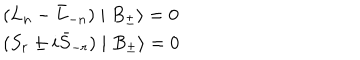
\begin{array} { l } { { ( L _ { n } - \bar { L } _ { - n } ) \mid B _ { \pm } \rangle = 0 } } \\ { { ( S _ { r } \pm i \bar { S } _ { - r } ) \mid B _ { \pm } \rangle = 0 } } \\ \end{array}